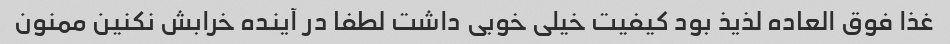
غذا فوق العاده لذیذ بود کیفیت خیلی خوبی داشت لطفا در آینده خرابش نکنین ممنون